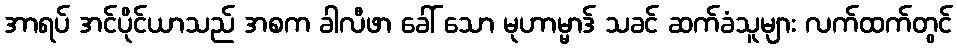
အာရပ် အင်ပိုင်ယာသည် အစက ခါလီဖာ ခေါ် သော မုဟာမ္မာဒ် သခင် ဆက်ခံသူများ လက်ထက်တွင်